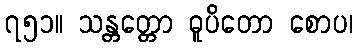
၇၅၁။ သန္တတ္တော ဓူပိတော စောပ၊